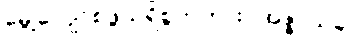
မွေ့လျော်စဖွယ်ရှိစွတကား။ အဇ္ဇ၊ ယခု။